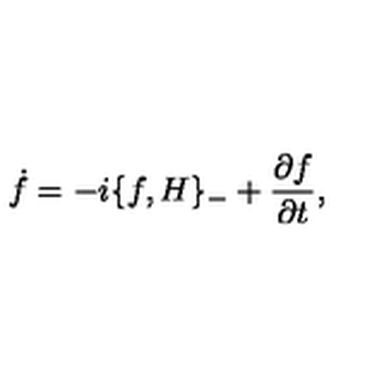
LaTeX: \dot { f } = - i \{ f , H \} _ { - } + { \frac { \partial f } { \partial t } } ,